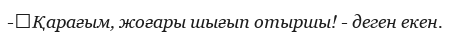
-	Қарағым, жоғары шығып отыршы! - деген екен.